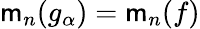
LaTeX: \mathsf{m}_{n}(g_{\alpha})=\mathsf{m}_{n}(f)